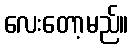
လေးတော့မည်။